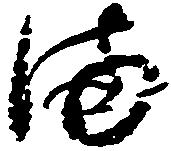
備